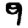
Digit: 9